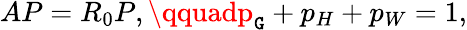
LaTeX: AP=R_{0}P,\qquadp_{\mathtt{G}}+p_{H}+p_{W}=1,